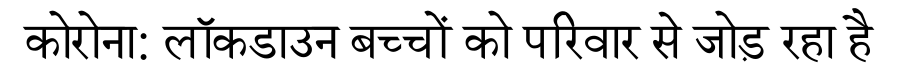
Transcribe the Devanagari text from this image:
कोरोना: लॉकडाउन बच्चों को परिवार से जोड़ रहा है